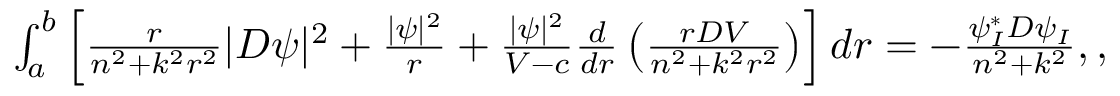
\begin{array} { r } { \int _ { a } ^ { b } \left[ \frac { r } { n ^ { 2 } + k ^ { 2 } r ^ { 2 } } | D \psi | ^ { 2 } + \frac { | \psi | ^ { 2 } } { r } + \frac { | \psi | ^ { 2 } } { V - c } \frac { d } { d r } \left( \frac { r D V } { n ^ { 2 } + k ^ { 2 } r ^ { 2 } } \right) \right] d r = - \frac { \psi _ { I } ^ { * } D \psi _ { I } } { n ^ { 2 } + k ^ { 2 } } , , } \end{array}